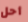
أحل